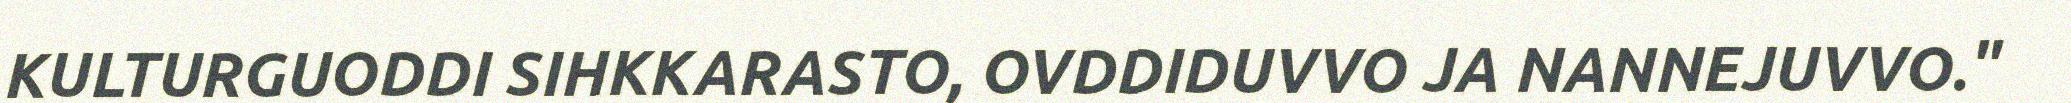
KULTURGUODDI SIHKKARASTO, OVDDIDUVVO JA NANNEJUVVO."